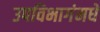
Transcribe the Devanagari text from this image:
उपविभागंमधे